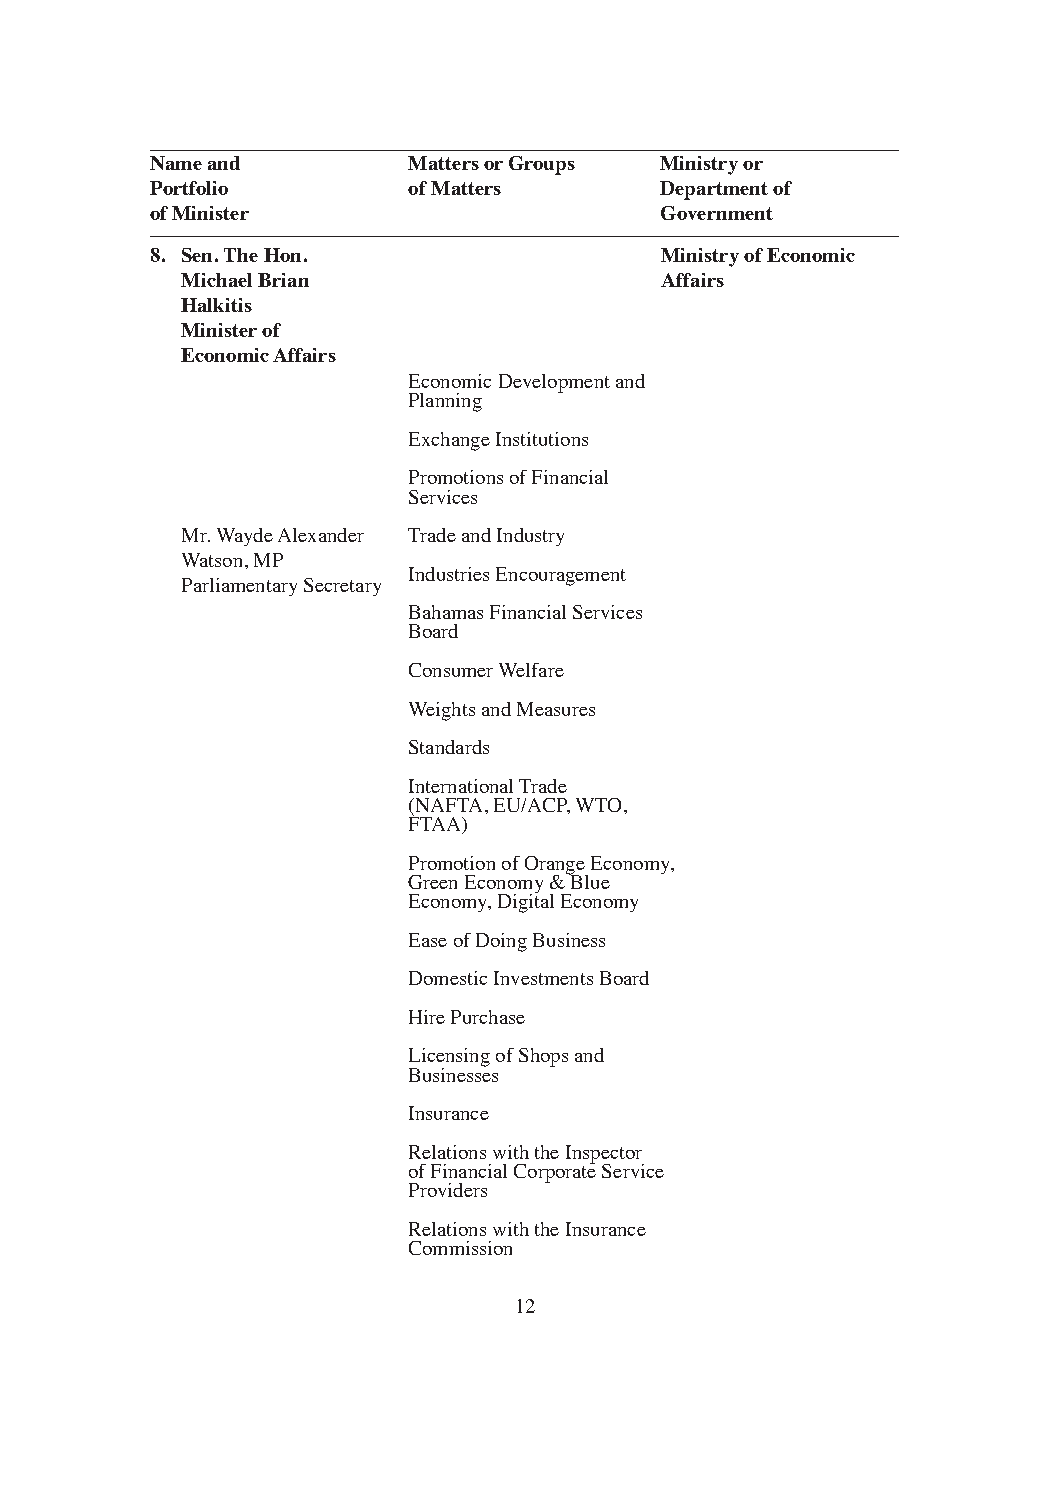
Name and         Matters or Groups Ministry or
 Portfolio        of Matters       Department of
 of Minister                       Government
 8. Sen. The Hon.                  Ministry of Economic
 Michael Brian                   Affairs
 Halkitis
 Minister of
 Economic Affairs
 Economic Development and
 Planning
 Exchange Institutions
 Promotions of Financial
 Services
 Mr. Wayde Alexander Trade and Industry
 Watson, MP
 Industries Encouragement
 Parliamentary Secretary
 Bahamas Financial Services
 Board
 Consumer Welfare
 Weights and Measures
 Standards
 International Trade
 (NAFTA, EU/ACP, WTO,
 FTAA)
 Promotion of Orange Economy,
 Green Economy & Blue
 Economy, Digital Economy
 Ease of Doing Business
 Domestic Investments Board
 Hire Purchase
 Licensing of Shops and
 Businesses
 Insurance
 Relations with the Inspector
 of Financial Corporate Service
 Providers
 Relations with the Insurance
 Commission
 12